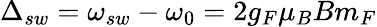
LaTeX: \Delta_{sw}=\omega_{sw}-\omega_{0}=2g_{F}\mu_{B}Bm_{F}